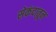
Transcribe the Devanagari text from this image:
सेकंदातून